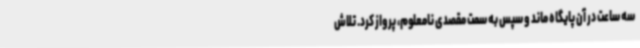
سه ساعت در آن پایگاه ماند و سپس به سمت مقصدی نامعلوم، پرواز کرد. تلاش